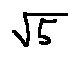
\sqrt { 5 }